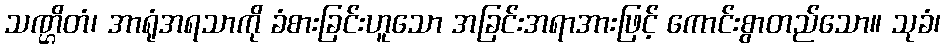
သဏ္ဌိတံ၊ အာရုံအရသာကို ခံစားခြင်းဟူသော အခြင်းအရာအားဖြင့် ကောင်းစွာတည်သော။ သုခံ၊